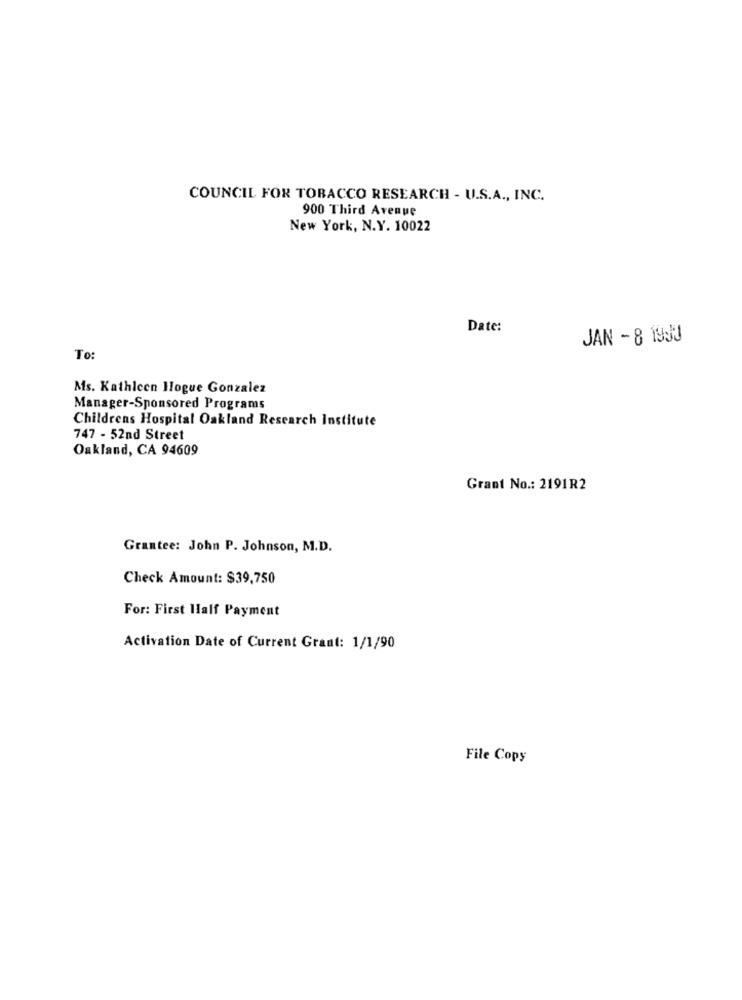
COUNCIL FOR TOBACCO RESEARCH - U.S.A ., INC.
900 Third Avenue
New York, N.Y. 10022
Date:
JAN - 8 1930
To
Ms. Kathicen Ilogue Gonzalez
Manager-Sponsored Programs
Childrens Hospital Oakland Research Institute
747 - 52nd Street
Oakland, CA 94609
Grant No .: 2191R2
Grantee: John P. Johnson, M.D.
Check Amount: $39,750
For: First Half Payment
Activation Date of Current Grant: 1/1/90
File Copy